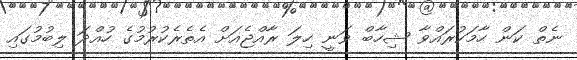
ނެތް ކަން ހާމަކުރައްވާ ޝިހާބް ވަނީ ހިލަ ރާއްޖެއަށް އެތެރެކުރުމުގެ ހުއްދަ ލިބުމުގައި